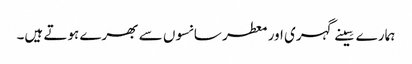
ہمارے سِینے گہری اور معطر سانسوں سے بھرے ہوتے ہیں۔